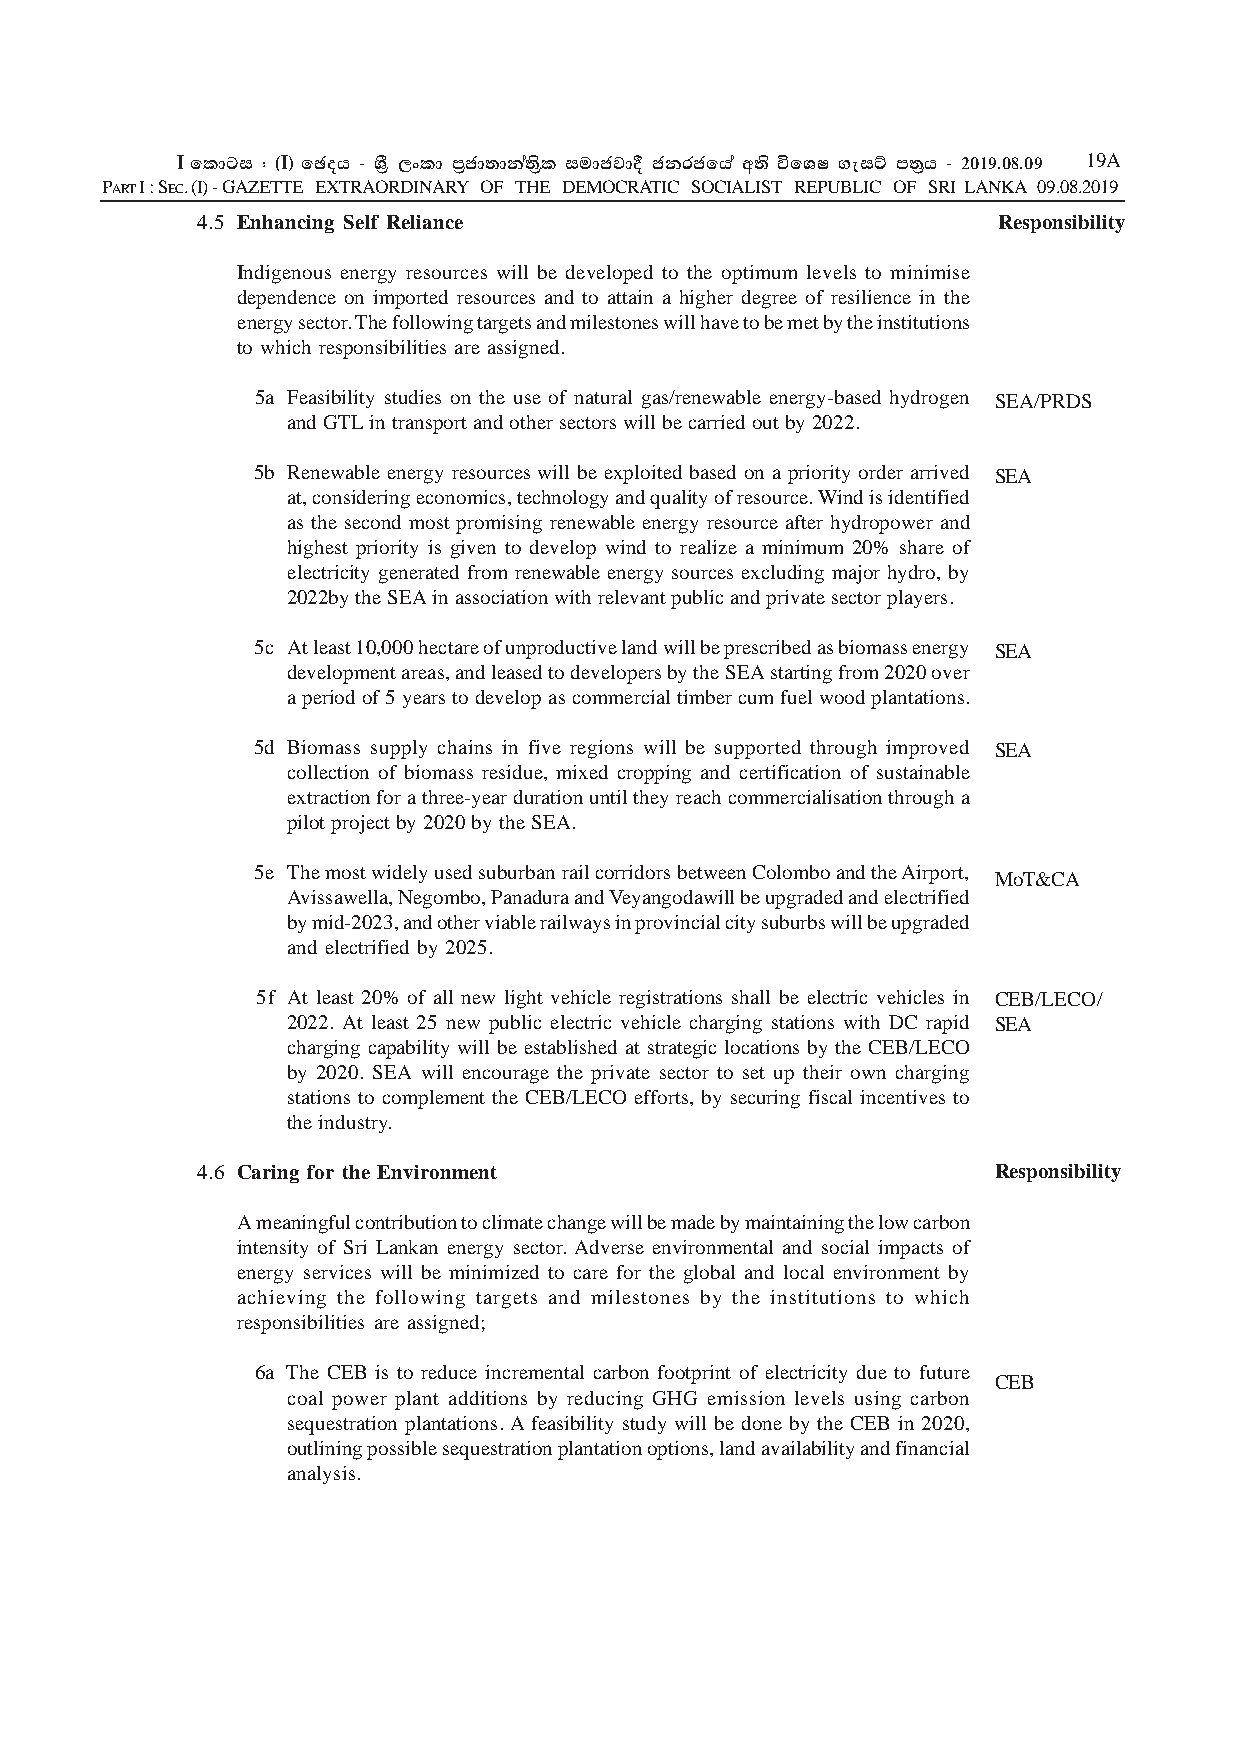
I fldgi ( ^I& fPoh - YS% ,xld m%cd;dka;s%l iudcjd§ ckrcfha w;s úfYI .eiÜ m;%h - 2019'08'09 19A
 PART I : SEC. (I) - GAZETTE EXTRAORDINARY OF THE DEMOCRATIC SOCIALIST REPUBLIC OF SRI LANKA 09.08.2019
 4.5 Enhancing Self Reliance                          Responsibility
 Indigenous energy resources will be developed to the optimum levels to minimise
 dependence on imported resources and to attain a higher degree of resilience in the
 energy sector. The following targets and milestones will have to be met by the institutions
 to which responsibilities are assigned.
 5a Feasibility studies on the use of natural gas/renewable energy-based hydrogen SEA/PRDS
 and GTL in transport and other sectors will be carried out by 2022.
 5b Renewable energy resources will be exploited based on a priority order arrived SEA
 at, considering economics, technology and quality of resource. Wind is identified
 as the second most promising renewable energy resource after hydropower and
 highest priority is given to develop wind to realize a minimum 20% share of
 electricity generated from renewable energy sources excluding major hydro, by
 2022by the SEA in association with relevant public and private sector players.
 5c At least 10,000 hectare of unproductive land will be prescribed as biomass energy SEA
 development areas, and leased to developers by the SEA starting from 2020 over
 a period of 5 years to develop as commercial timber cum fuel wood plantations.
 5d Biomass supply chains in five regions will be supported through improved SEA
 collection of biomass residue, mixed cropping and certification of sustainable
 extraction for a three-year duration until they reach commercialisation through a
 pilot project by 2020 by the SEA.
 5e The most widely used suburban rail corridors between Colombo and the Airport,
 MoT&CA
 Avissawella, Negombo, Panadura and Veyangodawill be upgraded and electrified
 by mid-2023, and other viable railways in provincial city suburbs will be upgraded
 and electrified by 2025.
 5f At least 20% of all new light vehicle registrations shall be electric vehicles in CEB/LECO/
 2022. At least 25 new public electric vehicle charging stations with DC rapid SEA
 charging capability will be established at strategic locations by the CEB/LECO
 by 2020. SEA will encourage the private sector to set up their own charging
 stations to complement the CEB/LECO efforts, by securing fiscal incentives to
 the industry.
 4.6 Caring for the Environment                       Responsibility
 A meaningful contribution to climate change will be made by maintaining the low carbon
 intensity of Sri Lankan energy sector. Adverse environmental and social impacts of
 energy services will be minimized to care for the global and local environment by
 achieving the following targets and milestones by the institutions to which
 responsibilities are assigned;
 6a The CEB is to reduce incremental carbon footprint of electricity due to future
 CEB
 coal power plant additions by reducing GHG emission levels using carbon
 sequestration plantations. A feasibility study will be done by the CEB in 2020,
 outlining possible sequestration plantation options, land availability and financial
 analysis.